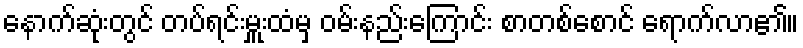
နောက်ဆုံးတွင် တပ်ရင်းမှူးထံမှ ဝမ်းနည်းကြောင်း စာတစ်စောင် ရောက်လာ၏။